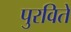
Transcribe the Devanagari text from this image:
पुरवितें